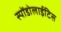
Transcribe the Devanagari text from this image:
स्पोंडोलाईटिस